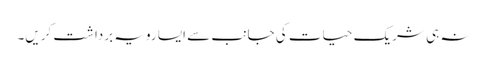
نہ ہی شریک حیات کی جانب سے ایسا رویہ برداشت کریں۔